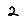
Digit: 2